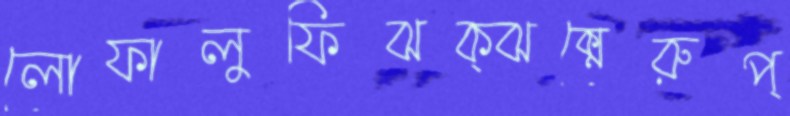
লোফালুফিঝক্‌ঝক্‌মেরুপ্